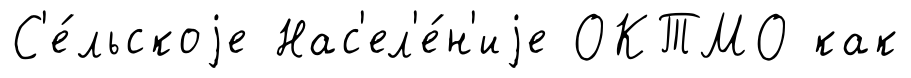
С'е́льскоjе Нас'ел'е́н'иjе ОКТМО как